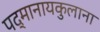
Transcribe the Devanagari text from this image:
पद्मानायकुलाना